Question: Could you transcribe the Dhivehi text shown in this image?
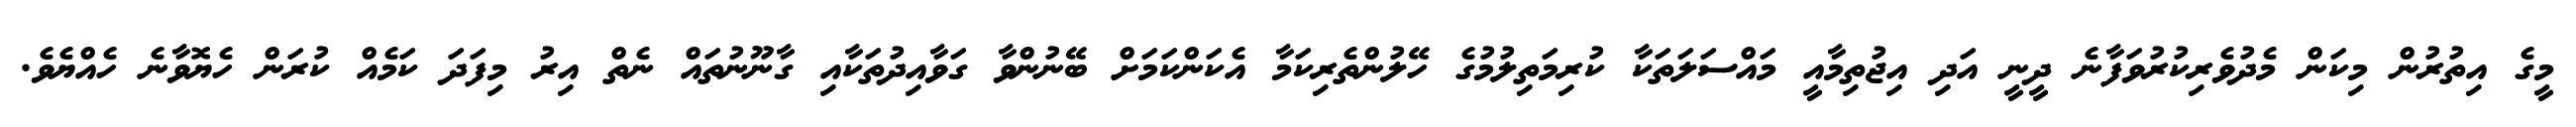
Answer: މީގެ އިތުރުން މިކަން މެދުވެރިކުރުވަފާނެ ދީނީ އަދި އިޖުތިމާއީ މައްސަލަތަކާ ކުރިމަތިލުމުގެ ހޭލުންތެރިކަމާ އެކަންކަމަށް ބޭނުންވާ ގަވާއިދުތަކާއި ގާނޫނުތައް ނެތް އިރު މިފަދަ ކަމެއް ކުރަން ހެޔޮވާނެ ހެއްޔެވެ.